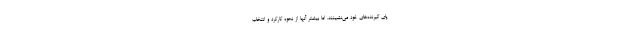
پای گیرنده‌های خود می‌نشینند. اما بیشتر آنها از نحوه کارکرد و انتخاب